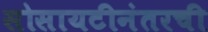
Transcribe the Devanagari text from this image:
सोसायटीनंतरची